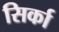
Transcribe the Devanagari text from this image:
सिर्का